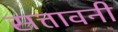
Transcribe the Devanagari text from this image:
सत्तावनी